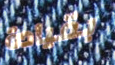
بقيادة